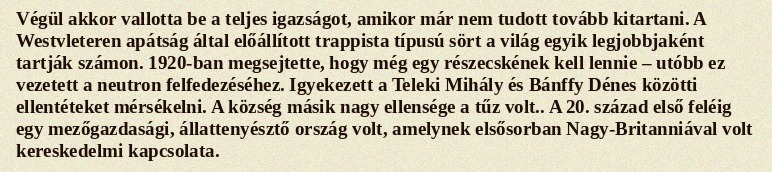
Végül akkor vallotta be a teljes igazságot, amikor már nem tudott tovább kitartani. A Westvleteren apátság által előállított trappista típusú sört a világ egyik legjobbjaként tartják számon. 1920-ban megsejtette, hogy még egy részecskének kell lennie – utóbb ez vezetett a neutron felfedezéséhez. Igyekezett a Teleki Mihály és Bánffy Dénes közötti ellentéteket mérsékelni. A község másik nagy ellensége a tűz volt.. A 20. század első feléig egy mezőgazdasági, állattenyésztő ország volt, amelynek elsősorban Nagy-Britanniával volt kereskedelmi kapcsolata.